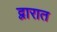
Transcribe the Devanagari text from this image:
द्वारात